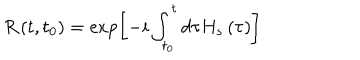
R \left( t , t _ { 0 } \right) = \exp \left[ - i \int _ { t _ { 0 } } ^ { t } d \tau H _ { s } \left( \tau \right) \right]